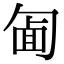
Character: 𠣱